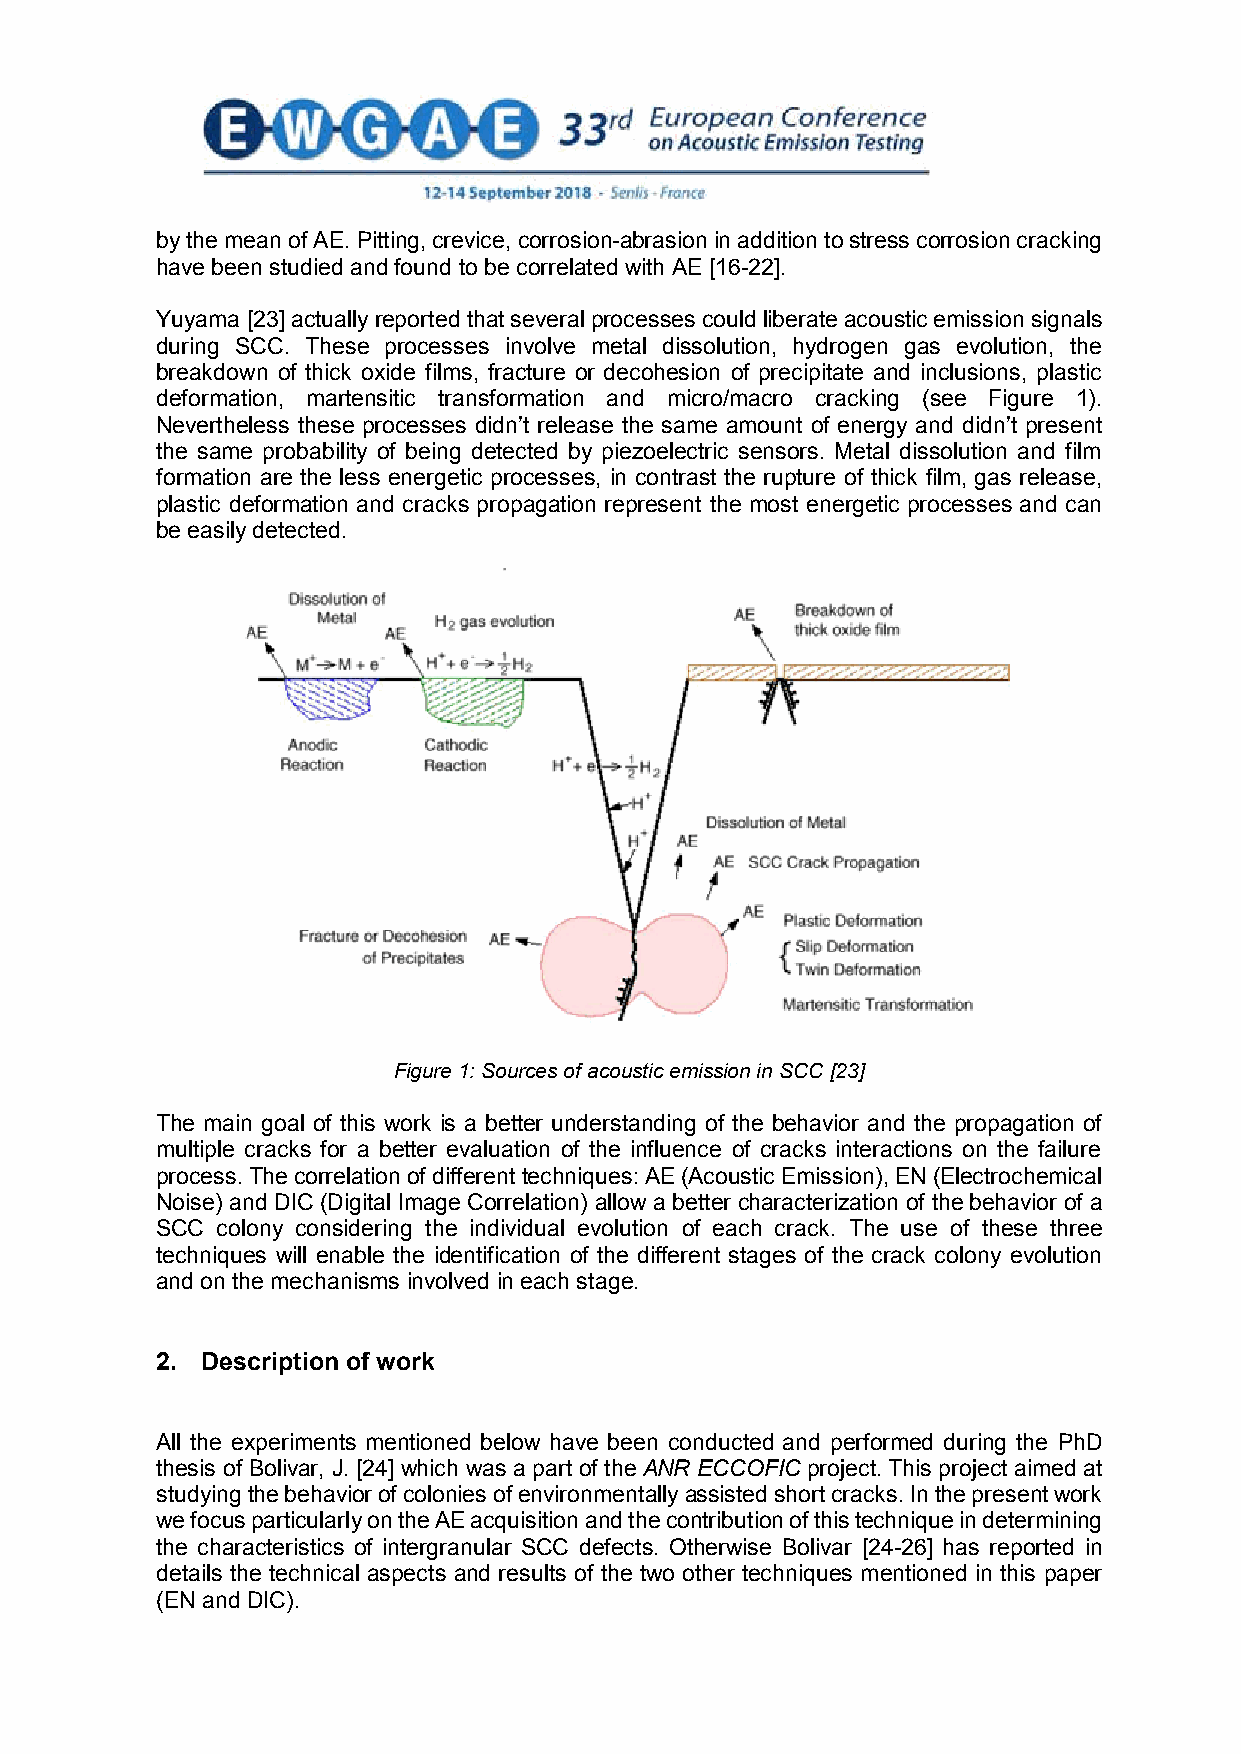
by the mean of AE. Pitting, crevice, corrosion-abrasion in addition to stress corrosion cracking
 have been studied and found to be correlated with AE [16-22].
 Yuyama [23] actually reported that several processes could liberate acoustic emission signals
 during SCC. These processes involve metal dissolution, hydrogen gas evolution, the
 breakdown of thick oxide films, fracture or decohesion of precipitate and inclusions, plastic
 deformation, martensitic transformation and micro/macro cracking (see Figure 1).
 Nevertheless these processes didn’t release the same amount of energy and didn’t present
 the same probability of being detected by piezoelectric sensors. Metal dissolution and film
 formation are the less energetic processes, in contrast the rupture of thick film, gas release,
 plastic deformation and cracks propagation represent the most energetic processes and can
 be easily detected.
 Figure 1: Sources of acoustic emission in SCC [23]
 The main goal of this work is a better understanding of the behavior and the propagation of
 multiple cracks for a better evaluation of the influence of cracks interactions on the failure
 process. The correlation of different techniques: AE (Acoustic Emission), EN (Electrochemical
 Noise) and DIC (Digital Image Correlation) allow a better characterization of the behavior of a
 SCC colony considering the individual evolution of each crack. The use of these three
 techniques will enable the identification of the different stages of the crack colony evolution
 and on the mechanisms involved in each stage.
 2. Description of work
 All the experiments mentioned below have been conducted and performed during the PhD
 thesis of Bolivar, J. [24] which was a part of the ANR ECCOFIC project. This project aimed at
 studying the behavior of colonies of environmentally assisted short cracks. In the present work
 we focus particularly on the AE acquisition and the contribution of this technique in determining
 the characteristics of intergranular SCC defects. Otherwise Bolivar [24-26] has reported in
 details the technical aspects and results of the two other techniques mentioned in this paper
 (EN and DIC).
 2